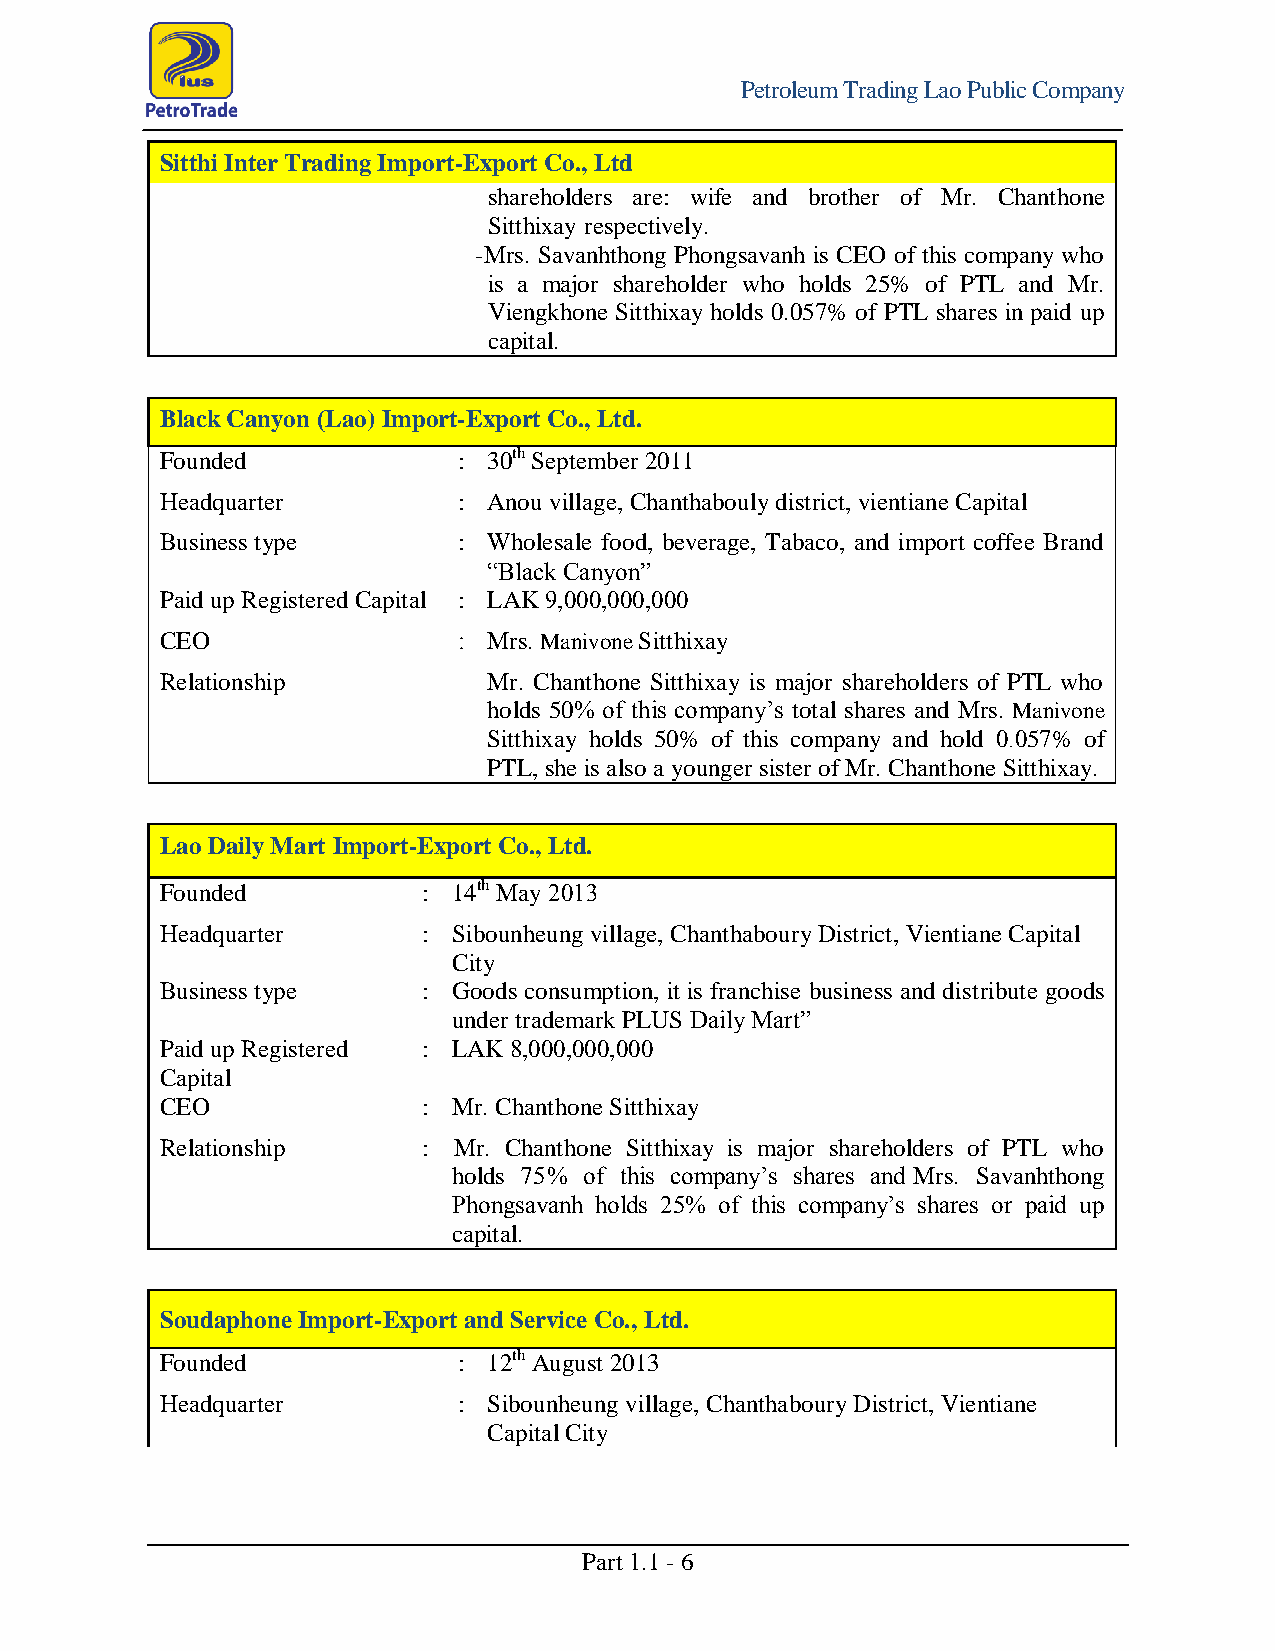
Petroleum Trading Lao Public Company
 Sitthi Inter Trading Import-Export Co., Ltd
 shareholders are: wife and brother of Mr. Chanthone
 Sitthixay respectively.
 -Mrs. Savanhthong Phongsavanh is CEO of this company who
 is a major shareholder who holds 25% of PTL and Mr.
 Viengkhone Sitthixay holds 0.057% of PTL shares in paid up
 capital.
 Black Canyon (Lao) Import-Export Co., Ltd.
 Founded            : 30th September 2011
 Headquarter        : Anou village, Chanthabouly district, vientiane Capital
 Business type      : Wholesale food, beverage, Tabaco, and import coffee Brand
 “Black Canyon”
 Paid up Registered Capital : LAK 9,000,000,000
 CEO                : Mrs. Manivone Sitthixay
 Relationship         Mr. Chanthone Sitthixay is major shareholders of PTL who
 holds 50% of this company’s total shares and Mrs. Manivone
 Sitthixay holds 50% of this company and hold 0.057% of
 PTL, she is also a younger sister of Mr. Chanthone Sitthixay.
 Lao Daily Mart Import-Export Co., Ltd.
 Founded          : 14th May 2013
 Headquarter      : Sibounheung village, Chanthaboury District, Vientiane Capital
 City
 Business type    : Goods consumption, it is franchise business and distribute goods
 under trademark PLUS Daily Mart”
 Paid up Registered : LAK 8,000,000,000
 Capital
 CEO              : Mr. Chanthone Sitthixay
 Relationship     : Mr. Chanthone Sitthixay is major shareholders of PTL who
 holds 75% of this company’s shares and Mrs. Savanhthong
 Phongsavanh holds 25% of this company’s shares or paid up
 capital.
 Soudaphone Import-Export and Service Co., Ltd.
 Founded            : 12th August 2013
 Headquarter        : Sibounheung village, Chanthaboury District, Vientiane
 Capital City
 Part 1.1 - 6